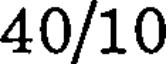
40/10